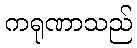
ကရုဏာသည်